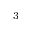
^ 3